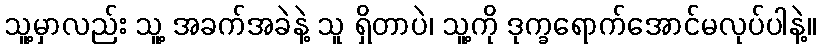
သူ့မှာလည်း သူ့ အခက်အခဲနဲ့ သူ ရှိတာပဲ၊ သူ့ကို ဒုက္ခရောက်အောင်မလုပ်ပါနဲ့။